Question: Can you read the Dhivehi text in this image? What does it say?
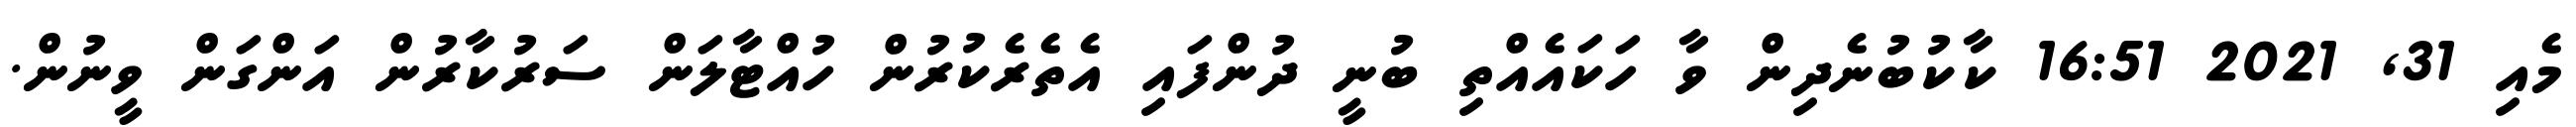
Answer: މެއި 31, 2021 16:51 ކާކުބުނެދިން ވާ ހަކައެއްތި ބުނީ ދުންފައި އެތެރެކުރުން ހުއްޓާލަން ސަރުކާރުން އަންގަން ވީނުން.